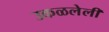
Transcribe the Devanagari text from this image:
उकळलेली